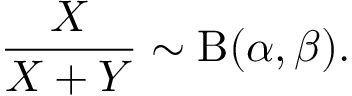
{ \frac { X } { X + Y } } \sim \mathrm { B } ( \alpha , \beta ) .